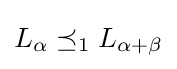
L_{\alpha }\preceq _{1}L_{\alpha +\beta }